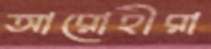
আরোহীরা